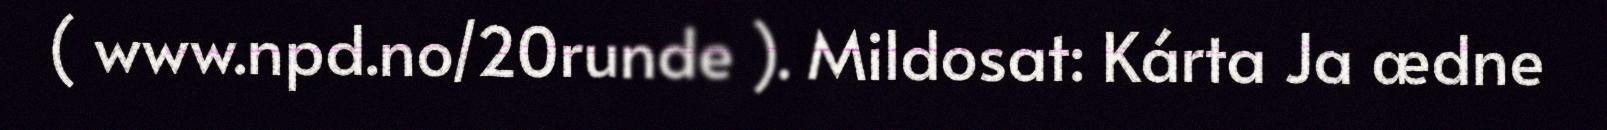
( www.npd.no/20runde ). Mildosat: Kárta Ja ædne